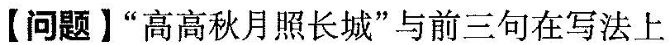
【问题】”高高秋月照长城”与前三句在写法上